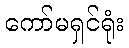
ကော်မရှင်ရုံး